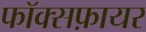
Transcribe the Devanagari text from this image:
फॉक्सफ़ायर